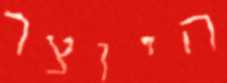
היוצר